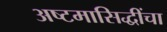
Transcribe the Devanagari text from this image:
अष्टमासिद्धींचा